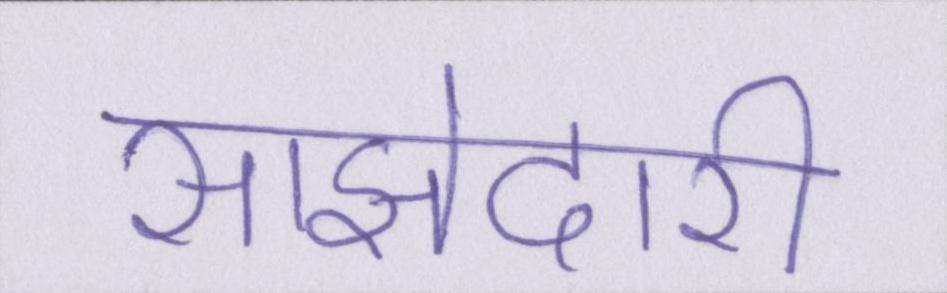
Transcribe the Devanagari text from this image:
साझेदारी